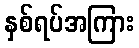
နှစ်ရပ်အကြား